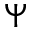
\Psi